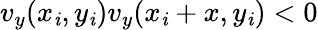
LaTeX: v_{y}(x_{\mathit{i}},y_{\mathit{i}})v_{y}(x_{\mathit{i}}+x,y_{\mathit{i}})<0